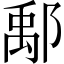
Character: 鄅